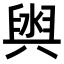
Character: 𮍮